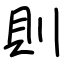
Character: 則